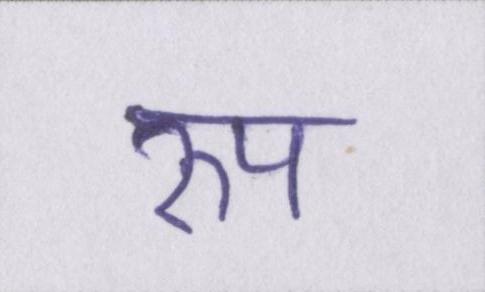
रुप